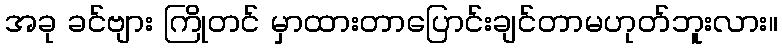
အခု ခင်ဗျား ကြိုတင် မှာထားတာပြောင်းချင်တာမဟုတ်ဘူးလား။